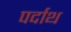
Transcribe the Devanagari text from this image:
पर्दाथ